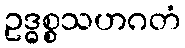
ဥဒ္ဓစ္စသဟဂတံ